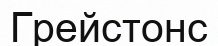
Грейстонс